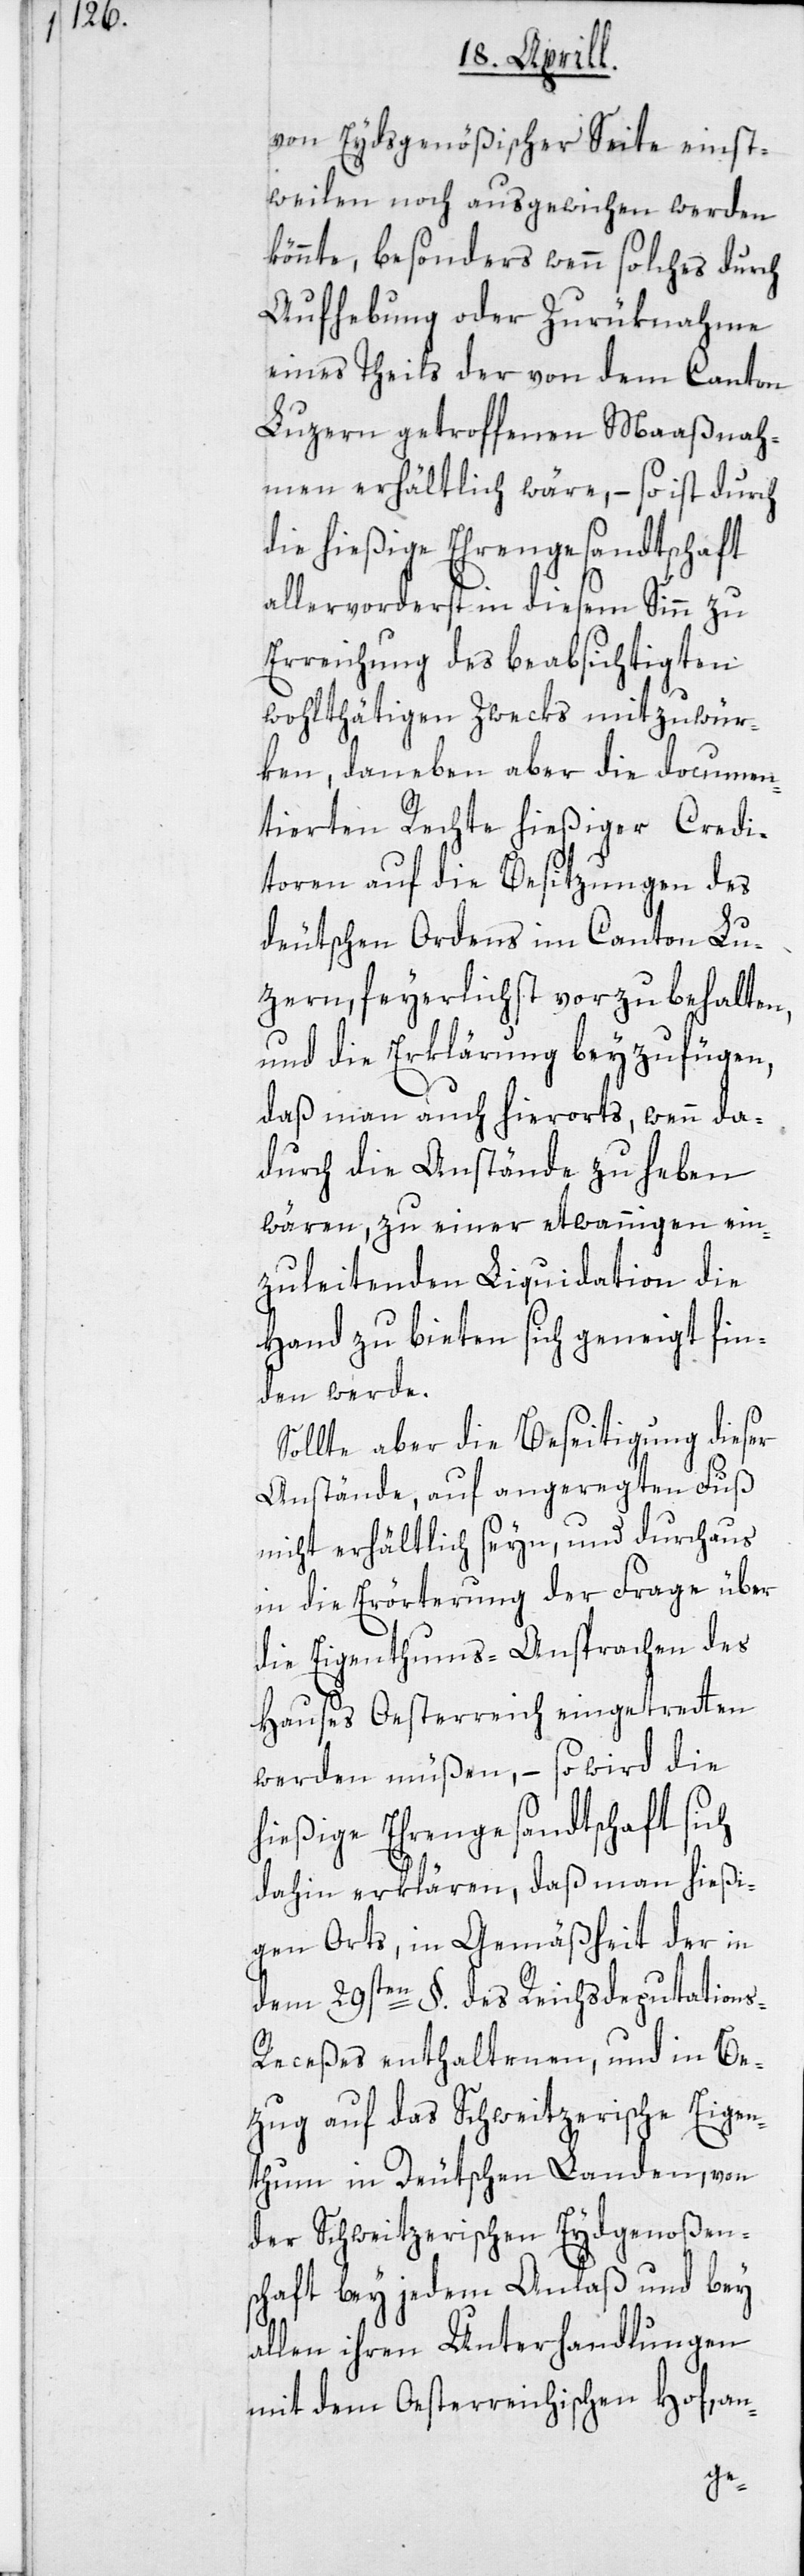
von Eydsgenößischer Seite einst¬
weilen noch ausgewichen werden
könnte, besonders wenn solches durch
Aufhebung oder Zurüknahme
eines Theils der von dem Canton
Luzern getroffenen Maaßnah¬
men erhältlich wäre, – so ist durch
die hießige Ehrengesandtschaft
allervorderst in diesem Sinn zu
Erreichung des beabsichtigten
wohlthätigen Zwecks mitzuwür¬
ken, daneben aber die documen¬
tierten Rechte hießiger Credi¬
toren auf die Besitzungen des
deutschen Ordens im Canton Lu¬
zern, feyerlichst vorzubehalten,
und die Erklärung beyzufügen,
daß man auch hierorts, wenn da¬
durch die Anstände zu heben
wären, zu einer etwannigen ein¬
zuleitenden Liquidation die
Hand zu bieten sich geneigt fin¬
den werde.
Sollte aber die Beseitigung dieser
Anstände, auf angeregten Fuß
nicht erhältlich seyn, und durchaus
in die Erörterung der Frage über
die Eigentums-Ansprachen des
Hauses Oesterreich eingetretten
werden müßen, – so wird die
hießige Ehrengesandtschaft sich
dahin erklären, daß man hießi¬
gen Orts, in Gemäßheit der in
dem 29sten §. des Reichsdeputation¬
s-Receßes enthaltenen, und in Be¬
zug auf das Schweitzerische Eigen¬
thum in Deutschen Landen, von
der Schweitzerischen Eydgenoßen¬
schaft bey jedem Anlaß und bey
allen ihren Unterhandlungen
mit dem Oesterreichischen Hof, an-